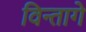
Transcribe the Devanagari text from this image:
विन्तागे